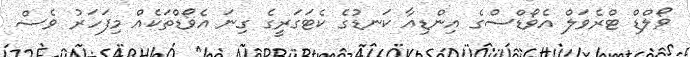
ވޯލްޑް ޓްރެވަލް އެވޯޑްސްގެ އިންޑިއާ ކަނޑުގެ ކެޓަގަރީގެ ގިނަ އެވޯޑްތަކެއް މިފަހަރު ވެސް